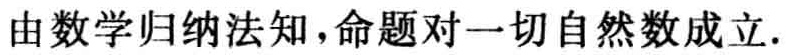
由数学归纳法知，命题对一切自然数成立.